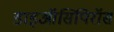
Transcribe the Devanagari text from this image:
डाइऑसिपिरॉस